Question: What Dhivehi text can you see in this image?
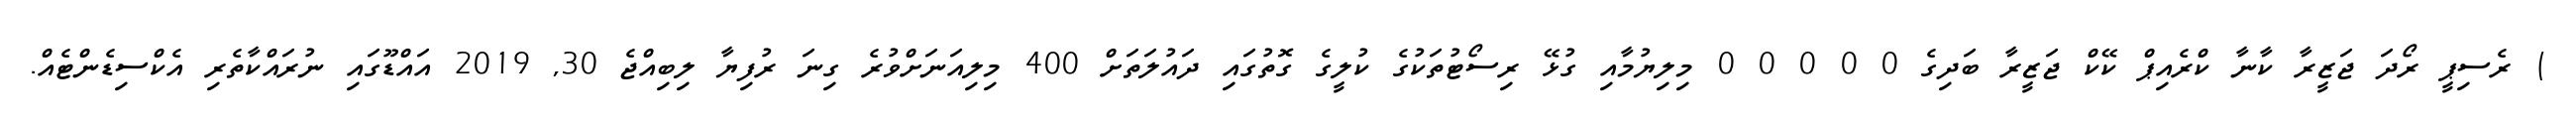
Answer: ) ރެސިޕީ ރޯދަ ޖަޒީރާ ކާނާ ކްރެއިޕް ކޭކް ޖަޒީރާ ބަދިގެ 0 0 0 0 0 މިލިޔުމާއި ގުޅޭ ރިސޯޓުތަކުގެ ކުލީގެ ގޮތުގައި ދައުލަތަށް 400 މިލިއަނަށްވުރެ ގިނަ ރުފިޔާ ލިބިއްޖެ 30, 2019 އައްޑޫގައި ނުރައްކާތެރި އެކްސިޑެންޓެއް.